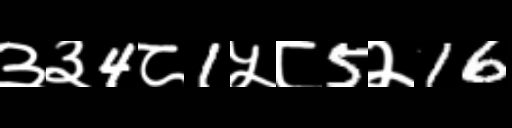
Text: ३३4८1५८5२16